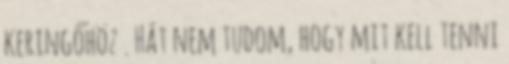
keringőhöz . Hát nem tudom, hogy mit kell tenni